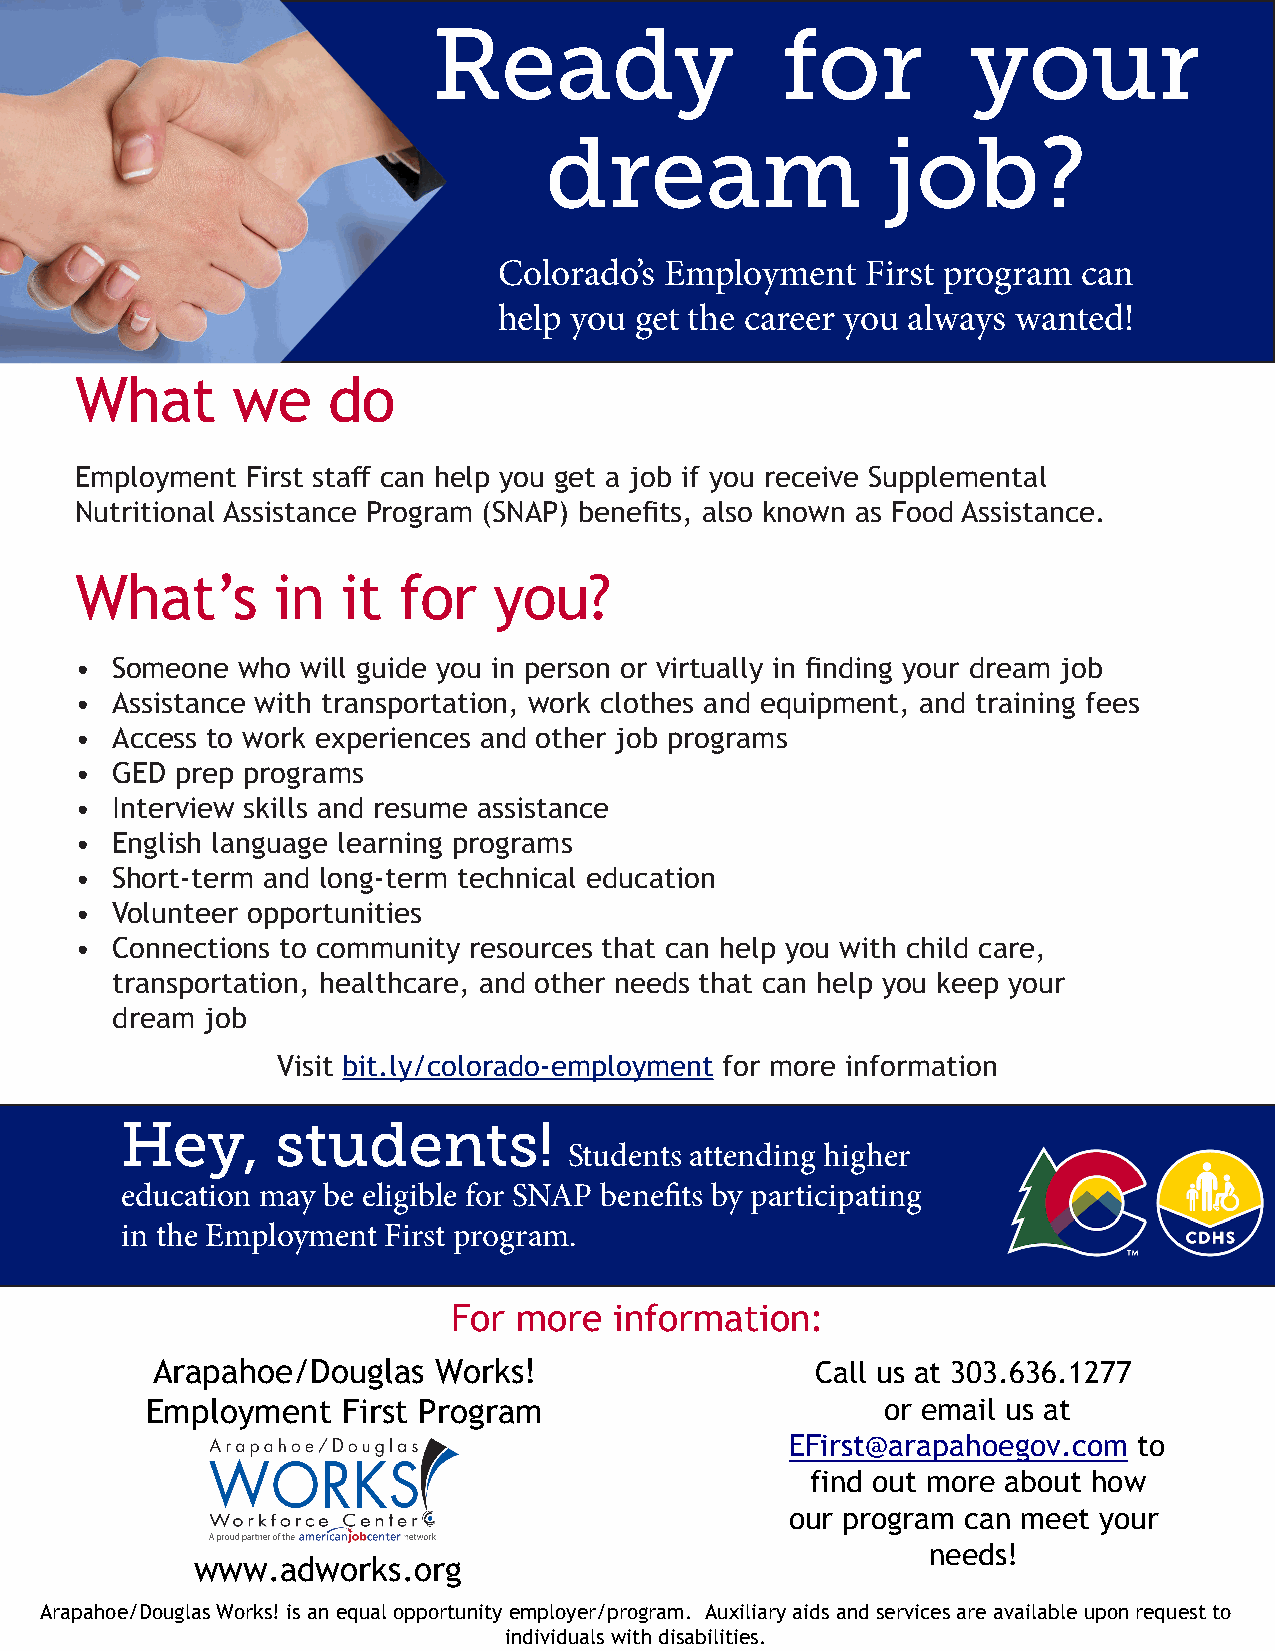
Ready                  for         your
 dream                  job?
 Colorado’s Employment   First program  can
 help you get the career you always wanted!
 What      we     do
 Employment First staff can help you get a job if you receive Supplemental
 Nutritional Assistance Program (SNAP) benefits, also known as Food Assistance.
 What’s       in   it for    you?
 • Someone  who will guide you in person or virtually in finding your dream job
 • Assistance with transportation, work clothes and equipment, and training fees
 • Access to work experiences and other job programs
 • GED  prep programs
 • Interview skills and resume assistance
 • English language learning programs
 • Short-term and long-term technical education
 • Volunteer opportunities
 • Connections to community resources that can help you with child care,
 transportation, healthcare, and other needs that can help you keep your
 dream  job
 Visit bit.ly/colorado-employment for more information
 Hey,      students!
 Students attending higher
 education may be eligible for SNAP benefits by participating
 in the Employment First program.
 For more   information:
 Arapahoe/Douglas   Works!                   Call us at 303.636.1277
 Employment   First Program                       or email us at
 EFirst@arapahoegov.com to
 find out more about how
 our program can meet your
 needs!
 www.adworks.org
 Arapahoe/Douglas Works! is an equal opportunity employer/program. Auxiliary aids and services are available upon request to
 individuals with disabilities.